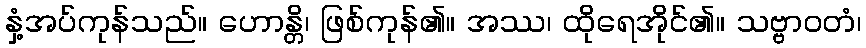
နှံ့အပ်ကုန်သည်။ ဟောန္တိ၊ ဖြစ်ကုန်၏။ အဿ၊ ထိုရေအိုင်၏။ သဗ္ဗာဝတံ၊